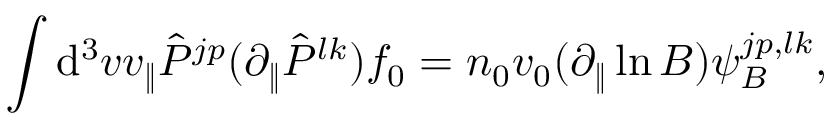
\int \mathrm { d } ^ { 3 } v v _ { \| } \hat { P } ^ { j p } ( \partial _ { \| } \hat { P } ^ { l k } ) f _ { 0 } = n _ { 0 } v _ { 0 } ( \partial _ { \| } \ln B ) \psi _ { B } ^ { j p , l k } ,